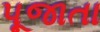
પૂજાતા